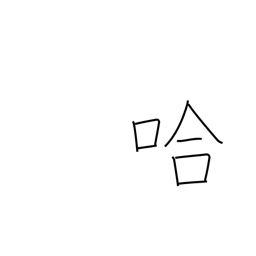
Meaning: school of fish